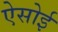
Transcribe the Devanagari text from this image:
ऐसोई